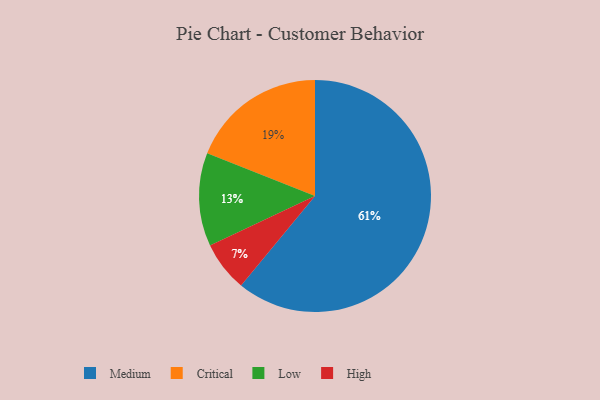
{"axis": {"x": "Category", "y": "Percentage"}, "legend": ["Critical", "High", "Low", "Medium"], "data": [{"x": "Low", "y": 13, "type": "Low"}, {"x": "High", "y": 7, "type": "High"}, {"x": "Medium", "y": 61, "type": "Medium"}, {"x": "Critical", "y": 19, "type": "Critical"}]}